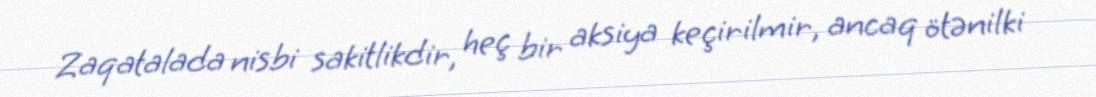
Zaqatalada nisbi sakitlikdir, heç bir aksiya keçirilmir, ancaq ötənilki